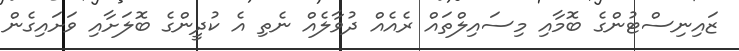
ޒައިނިސްޓުންގެ ބޮމާއި މިސައިލްތައް ރެއެއް ދުވާލެއް ނެތި އެ ކުދީންގެ ބޮލަށާއި ވަށައިގެން